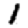
Digit: 1